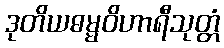
ဒုတိယဓမ္မဝိဟာရီသုတ္တံ